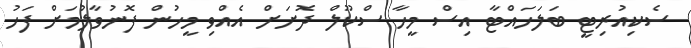
ސެކިއުރިޓީ ބަލަހައްޓާ އިސް މީހާ ސްކޫލް ދޮށަށް އެއްވި މީހުން ފޮނުވާލުމަށް ފަހު